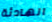
الهادئة